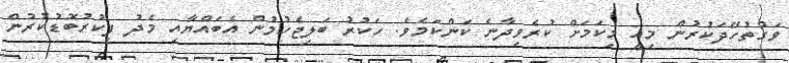
ވަގުތުހޭދަކުރުން މިއީ މިކަމަށް ކުރެވިދާނެ ކަންކަމެވެ. ހަކުރު ބަލިޖެހުމުން އެބައްޔާއި މެދު ފިކުރުބޮޑުކުރުން